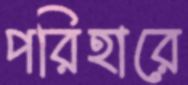
পরিহারে